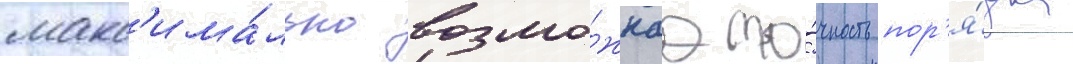
макс'има́льно возмо́жнаа то́чность пор'я́дка